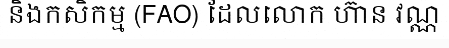
និងកសិកម្ម (FAO) ដែលលោក ហ៊ាន វណ្ណ